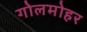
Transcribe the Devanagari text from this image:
गोलमोहर